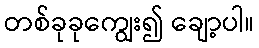
တစ်ခုခုကျွေး၍ ချော့ပါ။